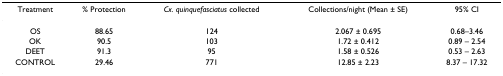
<table><thead><tr><td><b>Treatment</b></td><td><b>% Protection</b></td><td><b><i>Cx. quinquefasciatus </i>collected</b></td><td><b>Collections/night (Mean ± SE)</b></td><td><b>95% CI</b></td></tr></thead><tbody><tr><td>OS</td><td>88.65</td><td>124</td><td>2.067 ± 0.695</td><td>0.68–3.46</td></tr><tr><td>OK</td><td>90.5</td><td>103</td><td>1.72 ± 0.412</td><td>0.89 – 2.54</td></tr><tr><td>DEET</td><td>91.3</td><td>95</td><td>1.58 ± 0.526</td><td>0.53 – 2.63</td></tr><tr><td>CONTROL</td><td>29.46</td><td>771</td><td>12.85 ± 2.23</td><td>8.37 – 17.32</td></tr></tbody></table>